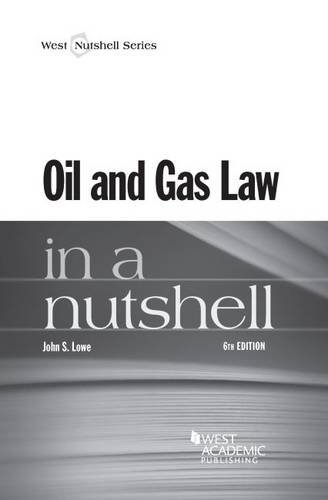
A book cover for Oil and Gas Law in a Nutshell; John Lowe; Engineering & Transportation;